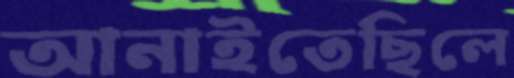
আনাইতেছিলে